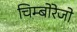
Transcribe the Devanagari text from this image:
चिम्बोरेजो